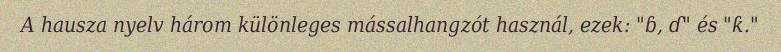
A hausza nyelv három különleges mássalhangzót használ, ezek: "ɓ, ɗ" és "ƙ."